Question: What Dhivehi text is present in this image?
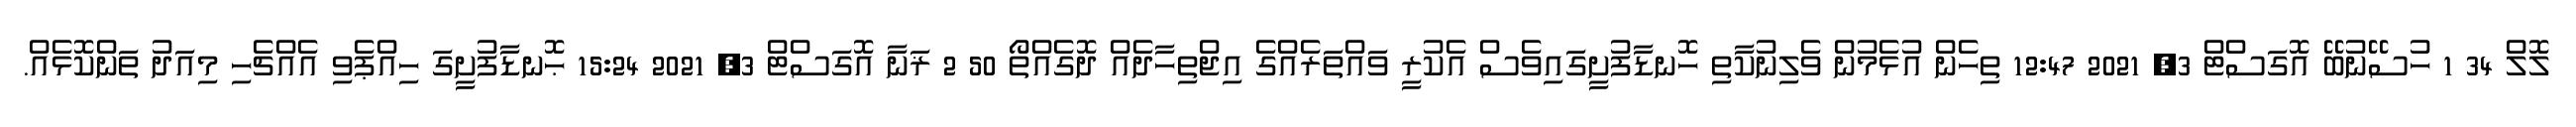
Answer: ލޮލް 34 1 ހުސޭނުބޭ އޮގަސްޓް 3, 2021 12:47 ތިހެން އުޅެމުން ވެލިނުކާތި ހޮނޑާފުށީގައިވެސް އެކުރީ ވައްތަރެއްގެ އިޖްތިހާދެއް ދޮގެއްތޯ 50 2 ޜަނާ އޮގަސްޓް 3, 2021 15:24 ޙޮނޑާފުށީގަ ހިއްޕެވި އެއްޗެހި މިއަދު ތަންކޮޅެއް.